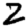
Digit: 2